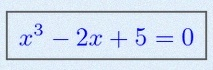
x^3-2x+5=0